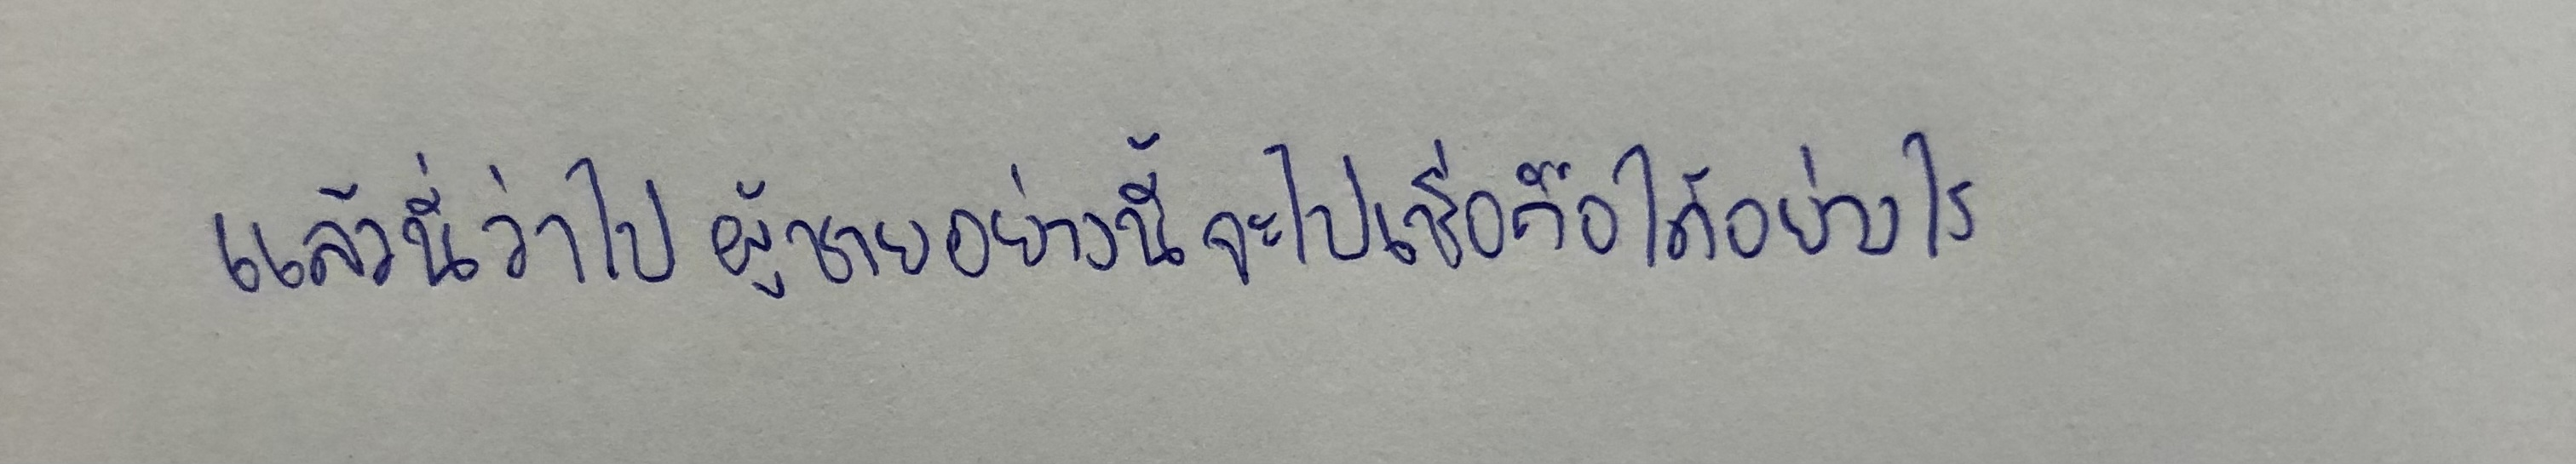
แล้วนี่ว่าไปผู้ชายอย่างนี้จะไปเชื่อถือได้อย่างไร